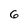
Character: 6